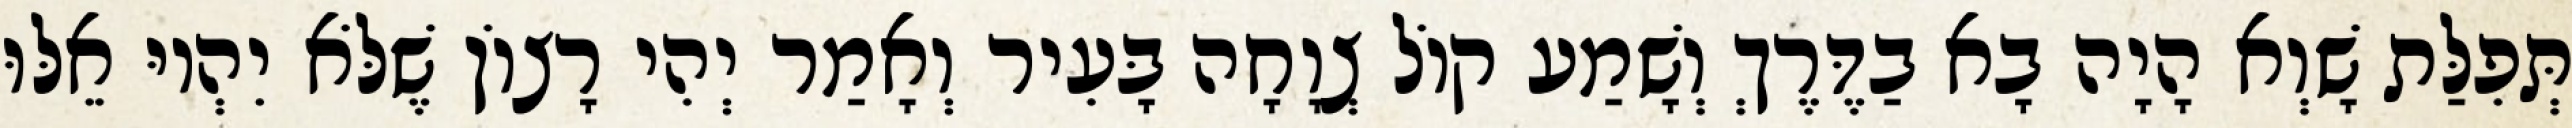
תְּפִלַּת שָׁוְא הָיָה בָא בַדֶּרֶךְ וְשָׁמַע קוֹל צְוָחָה בָּעִיר וְאָמַר יְהִי רָצוֹן שֶׁלֹּא יִהְיוּ אֵלּוּ